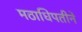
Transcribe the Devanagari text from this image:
मठाधिपतीने